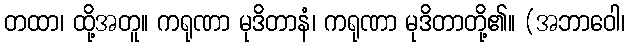
တထာ၊ ထို့အတူ။ ကရုဏာ မုဒိတာနံ၊ ကရုဏာ မုဒိတာတို့၏။ (အဘာဝေါ၊